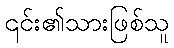
၎င်း၏သားဖြစ်သူ